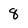
Character: 8